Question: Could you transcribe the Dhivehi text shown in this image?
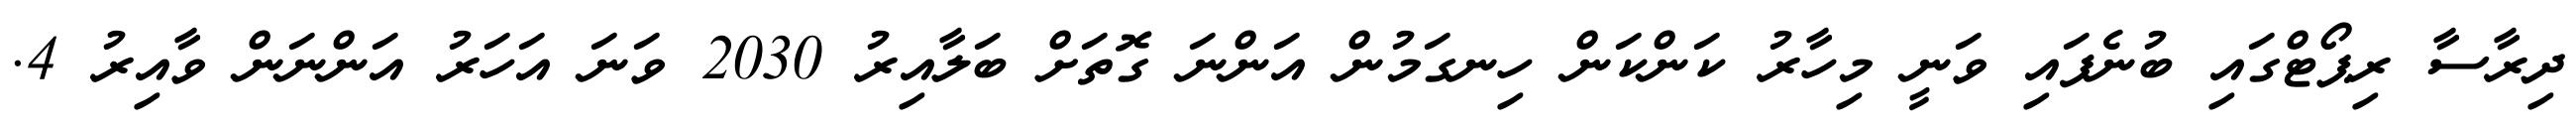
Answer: ދިރާސާ ރިޕޯޓްގައި ބުނެފައި ވަނީ މިހާރު ކަންކަން ހިނގަމުން އަންނަ ގޮތަށް ބަލާއިރު 2030 ވަނަ އަހަރު އަންނަން ވާއިރު 4.